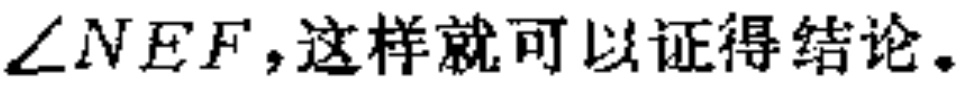
$\angle NEF,这样就可以证得结论。$